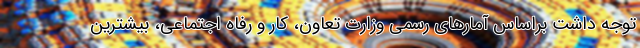
توجه داشت براساس آمارهای رسمی وزارت تعاون، کار و رفاه اجتماعی، بیشترین